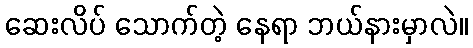
ဆေးလိပ် သောက်တဲ့ နေရာ ဘယ်နားမှာလဲ။